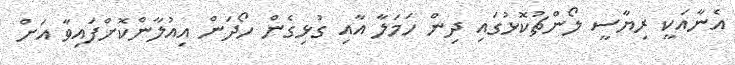
އެނާއަކީ ރިޔާސީ ލޯންޗުކޮޅުގައި ދިން ހަމަލާ އާއި ގުޅިގެން ހޯދަން އިއުލާންކޮށްފައިވާ އަށް